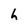
Character: h